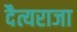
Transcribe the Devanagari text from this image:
दैत्यराजा